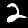
Label: 2